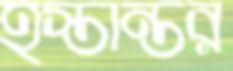
হস্তান্তর